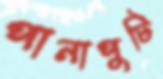
পানাপুটি